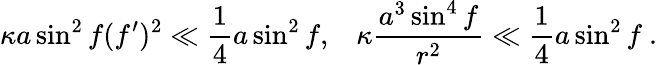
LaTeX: \kappa a\sin^{2}f(f^{\prime})^{2}\ll\frac{1}{4}a\sin^{2}f,\; \; \; \kappa\frac{a^{3}\sin^{4}f}{r^{2}}\ll\frac{1}{4}a\sin^{2}f\ .